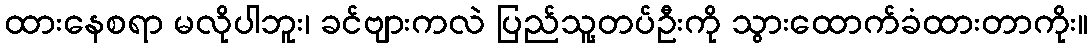
ထားနေစရာ မလိုပါဘူး၊ ခင်ဗျားကလဲ ပြည်သူ့တပ်ဦးကို သွားထောက်ခံထားတာကိုး။